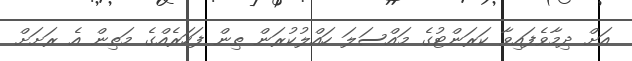
އަށް ދިމާވެފައިވާ ކަރަންޓުގެ މައްސަލަ ހައްލުކުރަން ތިން ފަހަރެއްގެ މަތިން އެ ރަށަށް